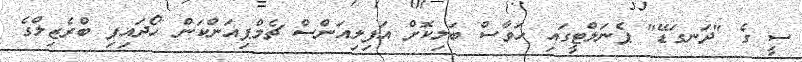
ސީ ގެ "ދަނގަޑޭ" ޕެނަލްޓީގައި ހަވާސް ބަލިކޮށް އަފިލިއަންސް ޗެމްޕިއަންކަން ހޯދައިފި ބްރެޒިލްގެ